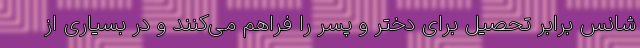
شانس برابر تحصیل برای دختر و پسر را فراهم می‌کنند و در بسیاری از